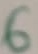
Text: 6